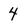
Character: 4